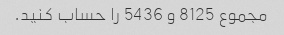
مجموع 8125 و 5436 را حساب کنید.